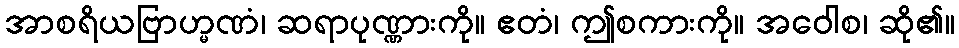
အာစရိယဗြာဟ္မဏံ၊ ဆရာပုဏ္ဏားကို။ ဧတံ၊ ဤစကားကို။ အဝေါစ၊ ဆို၏။